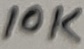
Text: 10K